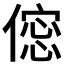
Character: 𠍌